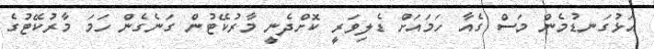
އަޅުގަނޑުމެން މަސް ގެއާ ހަމައަށް ޑެލިވަރީ ކޮށްދެނީ މާރުކޭޓުން ގަނެގެން ހަމަ މާރުކޭޓުގެ